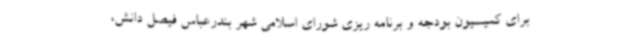
برای کمیسیون بودجه و برنامه ریزی شورای اسلامی شهر بندرعباس فیصل دانش،